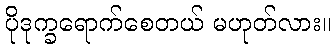
ပိုဒုက္ခရောက်စေတယ် မဟုတ်လား။